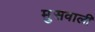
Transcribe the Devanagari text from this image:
मुसवाली